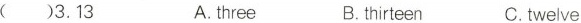
（）3.13 A.three B.thirteen C.twelve